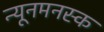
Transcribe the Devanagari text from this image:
न्यूनमनस्क